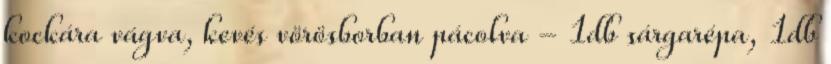
kockára vágva, kevés vörösborban pácolva - 1db sárgarépa, 1db